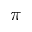
\pi